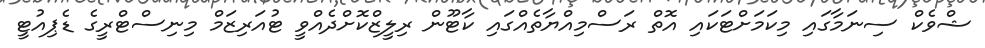
ޝްވެކް ސިނަމާގައި މިކަމަށްޓަކައި އޮތް ރަސްމިއްޔާތެއްގައި ކާޓޫން ރިލީޒްކޮށްދެއްވީ ޓުއަރިޒަމް މިނިސްޓްރީގެ ޑެޕިއުޓީ